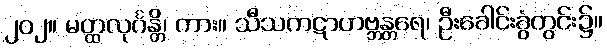
၂၀၂။ မတ္ထလုင်္ဂန္တိ၊ ကား။ သီသကဋာဟဗ္ဘန္တရေ၊ ဦးခေါင်းခွံတွင်း၌။